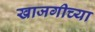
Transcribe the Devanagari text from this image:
खाजगीच्या